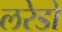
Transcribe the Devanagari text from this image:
लरेडो